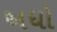
અધો